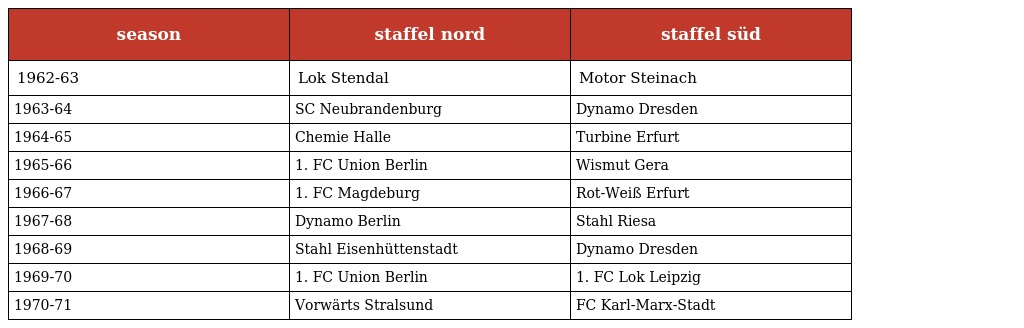
| season | staffel nord | staffel süd |
 | --- | --- | --- |
 | 1962-63 | Lok Stendal | Motor Steinach |
 | 1963-64 | SC Neubrandenburg | Dynamo Dresden |
 | 1964-65 | Chemie Halle | Turbine Erfurt |
 | 1965-66 | 1. FC Union Berlin | Wismut Gera |
 | 1966-67 | 1. FC Magdeburg | Rot-Weiß Erfurt |
 | 1967-68 | Dynamo Berlin | Stahl Riesa |
 | 1968-69 | Stahl Eisenhüttenstadt | Dynamo Dresden |
 | 1969-70 | 1. FC Union Berlin | 1. FC Lok Leipzig |
 | 1970-71 | Vorwärts Stralsund | FC Karl-Marx-Stadt |